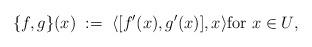
LaTeX: \begin{align*}\{f,g\}(x)\; :=\; \langle [f'(x),g'(x)], x\rangle\mbox{for $x\in U$,}\end{align*}